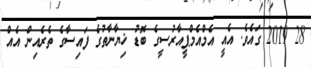
28 2019 ގައެވެ. އެއީ އެމްއެމްޕީއާރުސީގެ ބޮޑު ޚިޔާނާތުގެ ފައިސާގެ ތެރެއިން އެއް